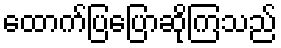
ထောက်ပြပြောဆိုကြသည်